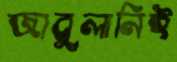
জাবুলানিই